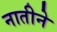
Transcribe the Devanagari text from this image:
नातीने